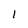
Character: 1